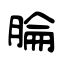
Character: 腀